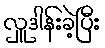
လှူဒါန်းခဲ့ပြီး